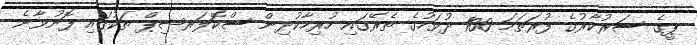
ޕީގެ ސަރުކާރުގެ ފުރަތަމަ 100 ދުވަހުގެ ތެރޭގައި ހުރިހާކުދިން ސްކޮލަރޝިޕް ތަކުގައި ފޮނުވާނެ